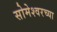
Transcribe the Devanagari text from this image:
सोमेश्वरच्या